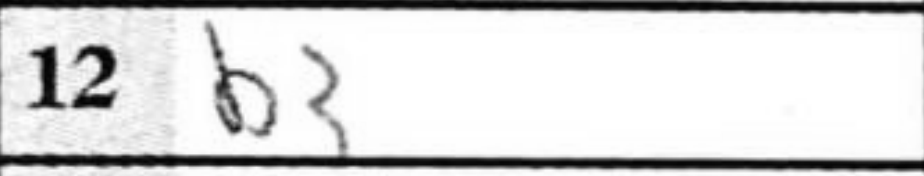
Transcription: b3